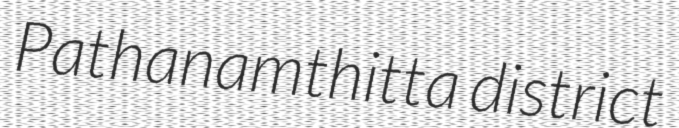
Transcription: Pathanamthitta district